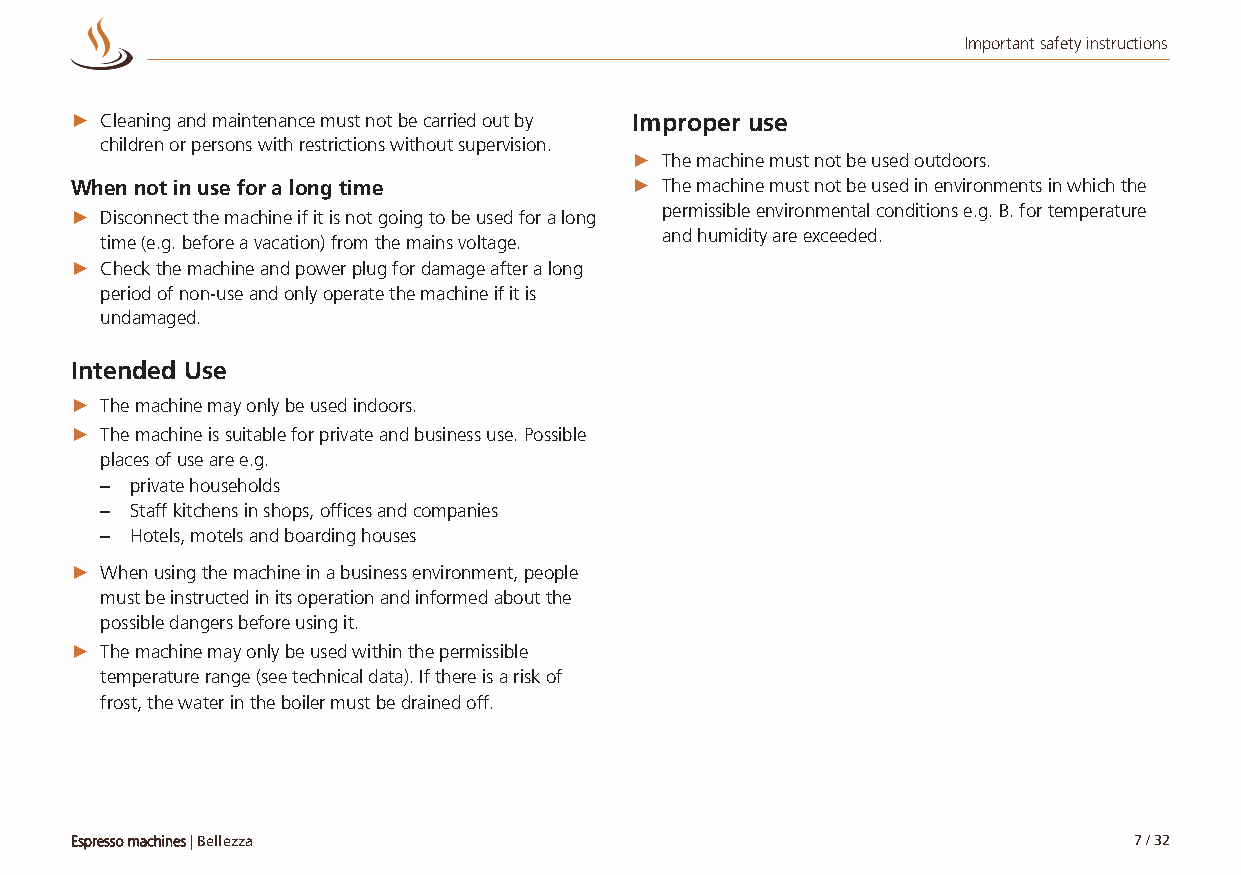
Important safety instructions
 ► Cleaning and maintenance must not be carried out by Improper use
 children or persons with restrictions without supervision.
 ► The machine must not be used outdoors.
 When not in use for a long time      ► The machine must not be used in environments in which the
 permissible environmental conditions e.g. B. for temperature
 ► Disconnect the machine if it is not going to be used for a long
 and humidity are exceeded.
 time (e.g. before a vacation) from the mains voltage.
 ► Check the machine and power plug for damage after a long
 period of non-use and only operate the machine if it is
 undamaged.
 Intended Use
 ► The machine may only be used indoors.
 ► The machine is suitable for private and business use. Possible
 places of use are e.g.
 – private households
 – Staff kitchens in shops, offices and companies
 – Hotels, motels and boarding houses
 ► When using the machine in a business environment, people
 must be instructed in its operation and informed about the
 possible dangers before using it.
 ► The machine may only be used within the permissible
 temperature range (see technical data). If there is a risk of
 frost, the water in the boiler must be drained off.
 Espresso machines | Bellezza                                          7 / 32